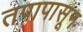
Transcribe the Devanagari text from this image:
तपापासून